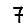
Digit: 7